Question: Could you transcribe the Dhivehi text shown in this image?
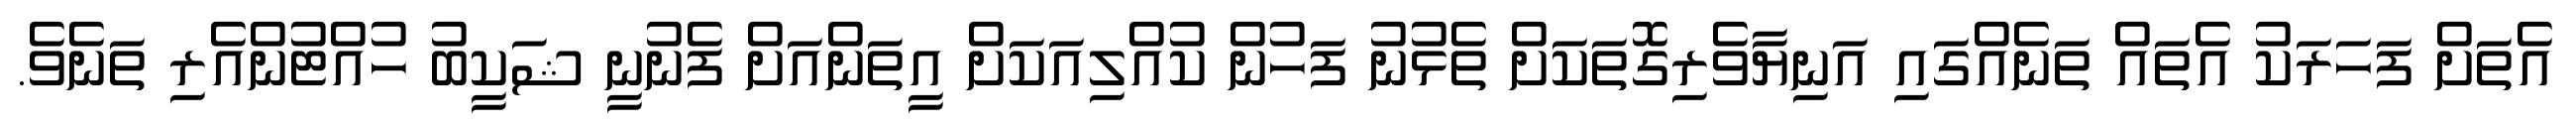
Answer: އެތަށް ފަހަރަކު އެތައް ތަނެއްގައި އަނިޔާވެރިގޮތަކަށް ތެޅުނު ފަހުން ކުއްލިއަކަށް އީތަންއަށް ފެނުނީ ޝަކީބު ހުއްޓުންއެރި ތަނެވެ.